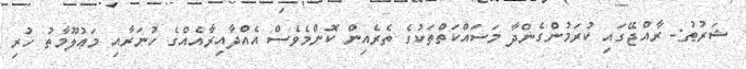
ޝަރުޠު:- ރާއްޖޭގައި ކުރަމުންގެންދާ މަސައްކަތްތަކުގެ ތެރެއިން ކޮންމެވެސް އެއްދާއިރާއެއްގެ ހުނަރާއި މަޢުލޫމާތު ހުރި